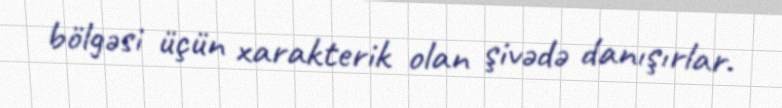
bölgəsi üçün xarakterik olan şivədə danışırlar.